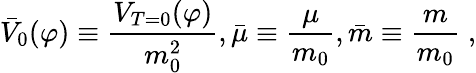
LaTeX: {\bar{V}_{0}}(\varphi)\equiv{\frac{V_{T=0}(\varphi)}{m_{0}^{2}}},{\bar{\mu}}\equiv{\frac{\mu}{m_{0}}},{\bar{m}}\equiv{\frac{m}{m_{0}}}\; ,